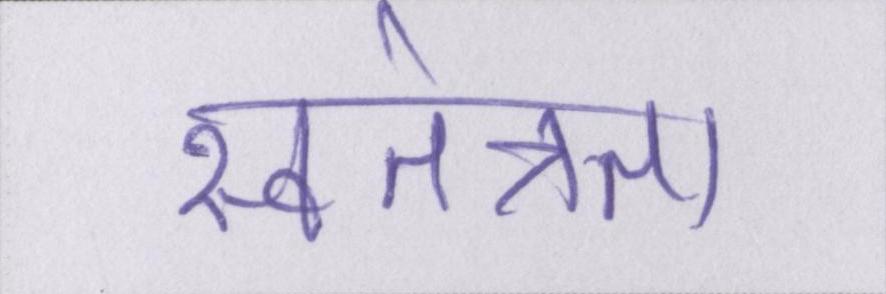
स्वतंत्रता